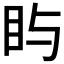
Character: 𪾟